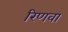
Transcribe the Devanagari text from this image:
रिणवा